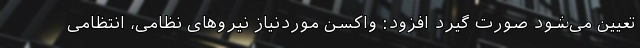
تعیین می‌شود صورت ‌گیرد افزود: واکسن موردنیاز نیروهای نظامی، انتظامی